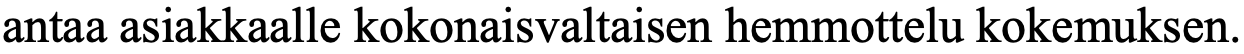
antaa asiakkaalle kokonaisvaltaisen hemmottelu kokemuksen.